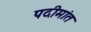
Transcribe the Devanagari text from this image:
पदीमांत